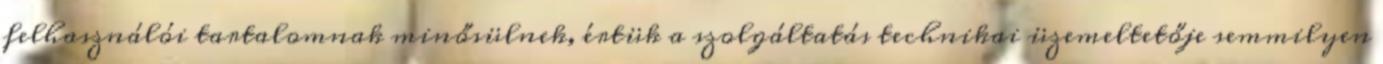
felhasználói tartalomnak minősülnek, értük a szolgáltatás technikai üzemeltetője semmilyen